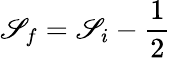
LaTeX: {\mathscr{S}}_{f}={\mathscr{S}}_{i}-\frac{{1}}{{2}}